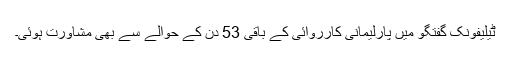
ٹیلیفونک گفتگو میں پارلیمانی کارروائی کے باقی 53 دن کے حوالے سے بھی مشاورت ہوئی۔